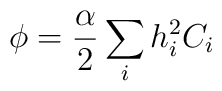
\phi=\frac{\alpha}{2}\sum _{i}h^{2}_{i} C_{i}